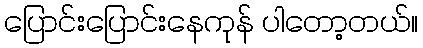
ပြောင်းပြောင်းနေကုန် ပါတော့တယ်။